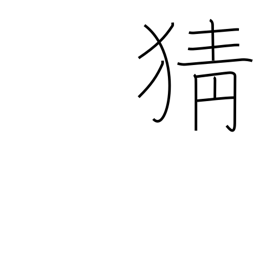
Meaning: jealousy